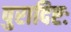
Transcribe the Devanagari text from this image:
पुरादिष्टः